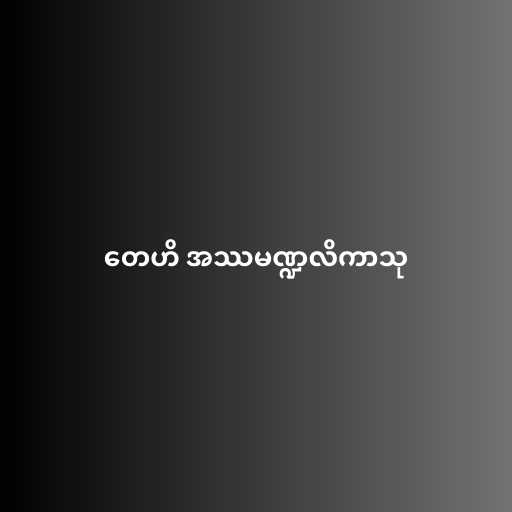
တေဟိ အဿမဏ္ဍလိကာသု